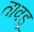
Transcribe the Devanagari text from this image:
तावड़ू